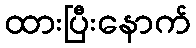
ထားပြီးနောက်